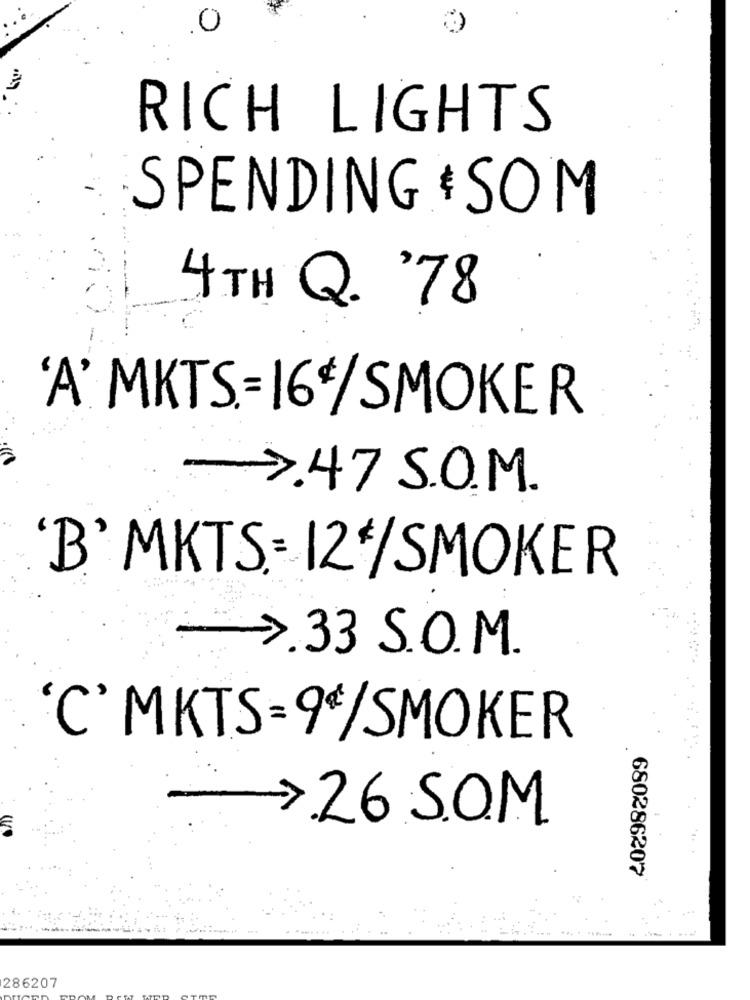
0
RICH LIGHTS
SPENDING SOM
4 TH Q. '78
'A' MKTS=16€/ SMOKER
7.47 S.O.M.
'B' MKTS. 12 /SMOKER
33 S.O. M.
'C' MKTS=9*/SMOKER
26 SOM
680286207
286207